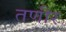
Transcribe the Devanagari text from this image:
तणीर